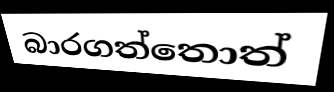
බාරගත්තොත්